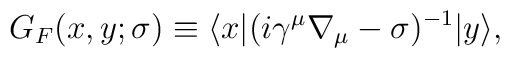
G_{F}(x,y;\sigma ) \equiv \langle x | (i \gamma^{\mu}  \nabla_{\mu}-  \sigma)^{-1} | y \rangle,